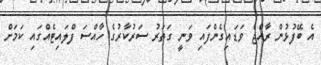
އެ ބޭފުޅުން ރާއްޖެ ވަޑައިގެންފައި ވަނީ ގަތަރު ސަރުކާރުގެ ހާއްސަ ފްލައިޓެއްގައި ކަމަށް